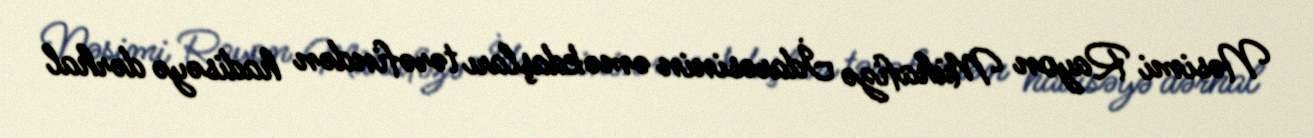
Nəsimi Rayon Mühafizə İdarəsinin əməkdaşları tərəfindən hadisəyə dərhal